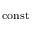
_ \mathrm { c o n s t }